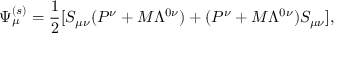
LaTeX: \Psi _ { \mu } ^ { ( s ) } = { \frac { 1 } { 2 } } [ S _ { \mu \nu } ( P ^ { \nu } + M \Lambda ^ { 0 \nu } ) + ( P ^ { \nu } + M \Lambda ^ { 0 \nu } ) S _ { \mu \nu } ] ,